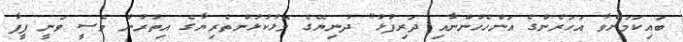
ބައިކަމަށްވާ އަހަރެންގެ އަންހެހުންނާއި ދަރިފުޅު" ދުނިޔޭގެ މޮޅުކުޅުންތެރިޔާގެ އިތުރުން މެސީ ވަނީ ފީފާ